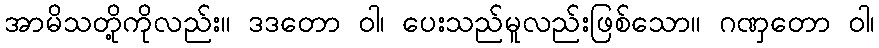
အာမိသတို့ကိုလည်း။ ဒဒတော ဝါ၊ ပေးသည်မူလည်းဖြစ်သော။ ဂဏှတော ဝါ၊